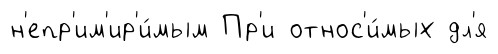
н'епр'им'ир'и́мым Пр'и относ'и́мых дл'я